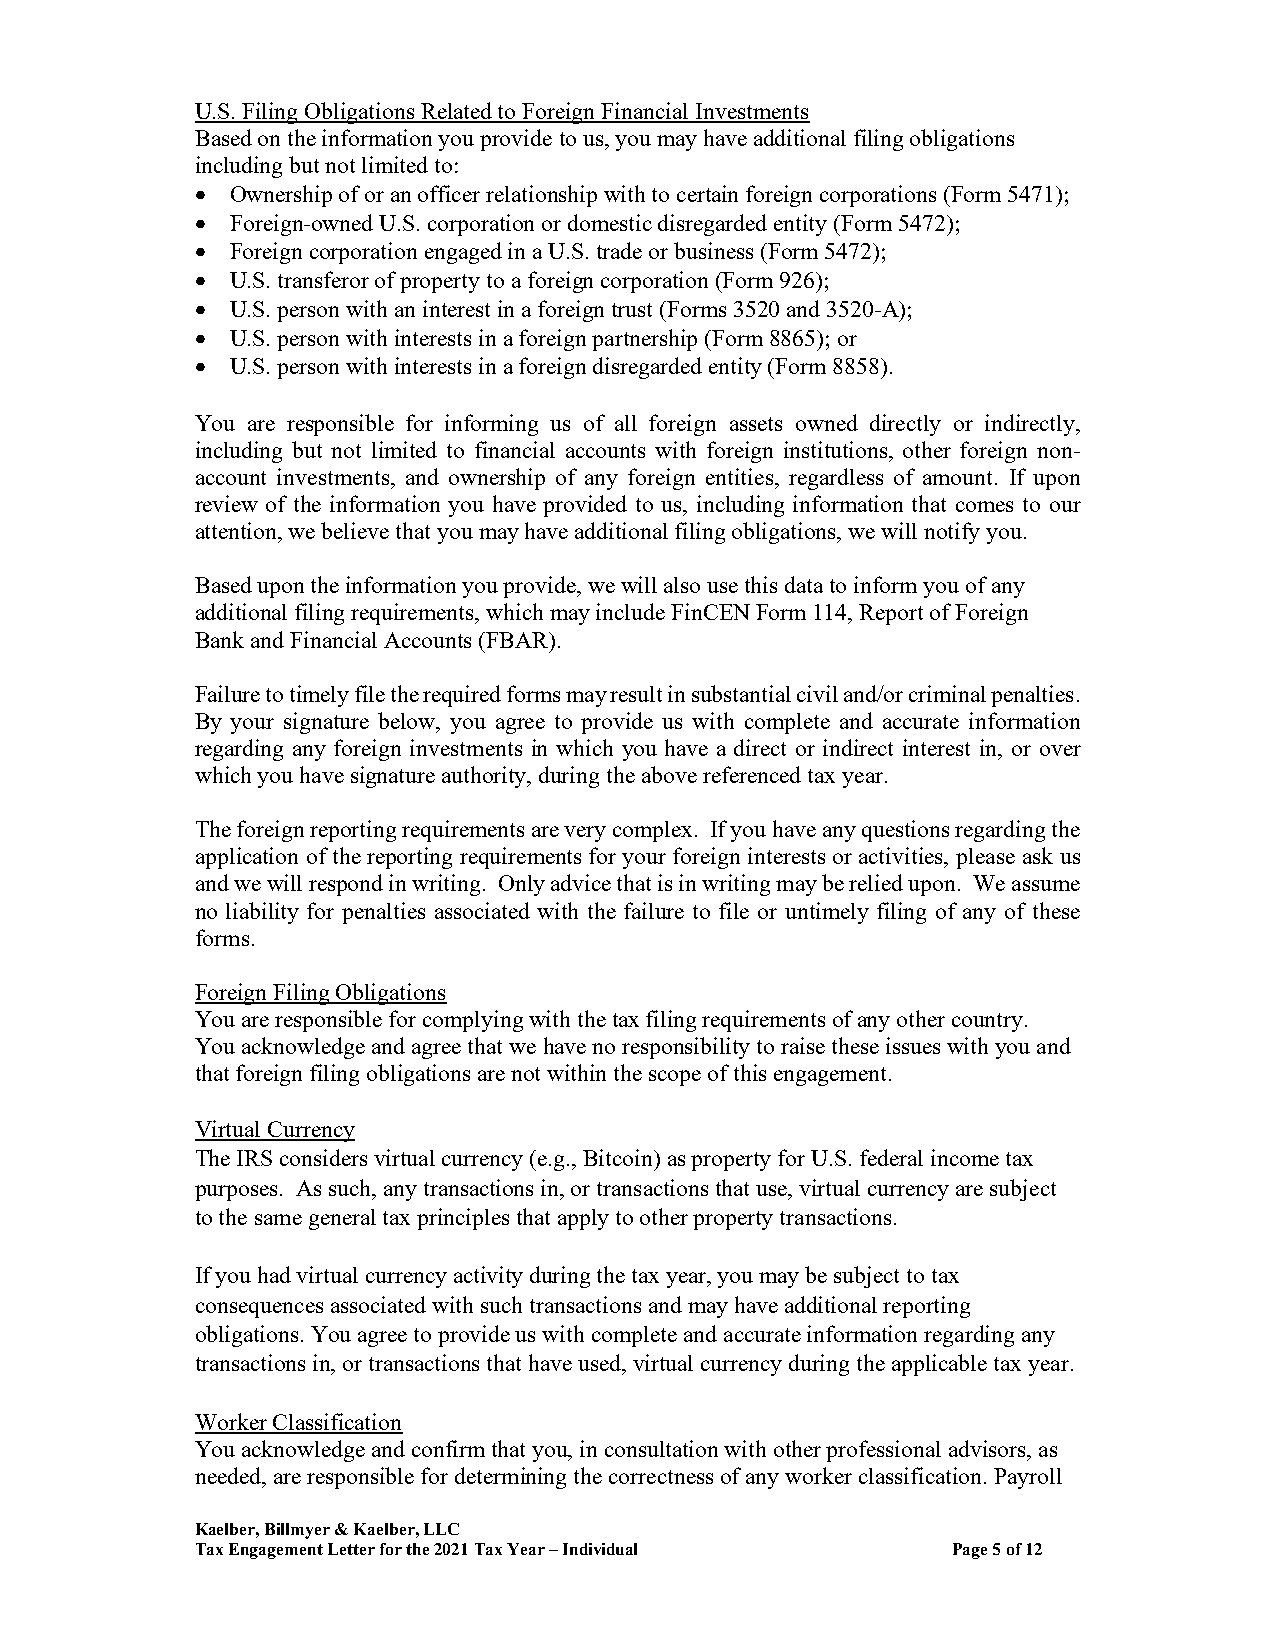
U.S. Filing Obligations Related to Foreign Financial Investments
 Based on the information you provide to us, you may have additional filing obligations
 including but not limited to:
  Ownership of or an officer relationship with to certain foreign corporations (Form 5471);
  Foreign-owned U.S. corporation or domestic disregarded entity (Form 5472);
  Foreign corporation engaged in a U.S. trade or business (Form 5472);
  U.S. transferor of property to a foreign corporation (Form 926);
  U.S. person with an interest in a foreign trust (Forms 3520 and 3520-A);
  U.S. person with interests in a foreign partnership (Form 8865); or
  U.S. person with interests in a foreign disregarded entity (Form 8858).
 You are responsible for informing us of all foreign assets owned directly or indirectly,
 including but not limited to financial accounts with foreign institutions, other foreign non-
 account investments, and ownership of any foreign entities, regardless of amount. If upon
 review of the information you have provided to us, including information that comes to our
 attention, we believe that you may have additional filing obligations, we will notify you.
 Based upon the information you provide, we will also use this data to inform you of any
 additional filing requirements, which may include FinCEN Form 114, Report of Foreign
 Bank and Financial Accounts (FBAR).
 Failure to timely file the required forms may result in substantial civil and/or criminal penalties.
 By your signature below, you agree to provide us with complete and accurate information
 regarding any foreign investments in which you have a direct or indirect interest in, or over
 which you have signature authority, during the above referenced tax year.
 The foreign reporting requirements are very complex. If you have any questions regarding the
 application of the reporting requirements for your foreign interests or activities, please ask us
 and we will respond in writing. Only advice that is in writing may be relied upon. We assume
 no liability for penalties associated with the failure to file or untimely filing of any of these
 forms.
 Foreign Filing Obligations
 You are responsible for complying with the tax filing requirements of any other country.
 You acknowledge and agree that we have no responsibility to raise these issues with you and
 that foreign filing obligations are not within the scope of this engagement.
 Virtual Currency
 The IRS considers virtual currency (e.g., Bitcoin) as property for U.S. federal income tax
 purposes. As such, any transactions in, or transactions that use, virtual currency are subject
 to the same general tax principles that apply to other property transactions.
 If you had virtual currency activity during the tax year, you may be subject to tax
 consequences associated with such transactions and may have additional reporting
 obligations. You agree to provide us with complete and accurate information regarding any
 transactions in, or transactions that have used, virtual currency during the applicable tax year.
 Worker Classification
 You acknowledge and confirm that you, in consultation with other professional advisors, as
 needed, are responsible for determining the correctness of any worker classification. Payroll
 Kaelber, Billmyer & Kaelber, LLC
 Tax Engagement Letter for the 2021 Tax Year – Individual Page 5 of 12